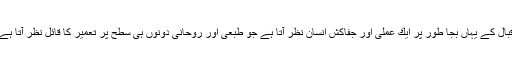
اقبال كے یہاں بجا طور پر ایك عملی اور جفاكش انسان نظر آتا ہے جو طبعی اور روحانی دونوں ہی سطح پر تعمیر كا قائل نظر آتا ہے۔